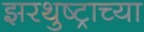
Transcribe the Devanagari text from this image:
झरथुष्ट्राच्या